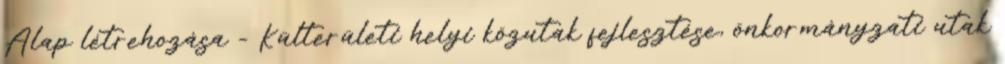
Alap létrehozása - Külterületi helyi közutak fejlesztése, önkormányzati utak